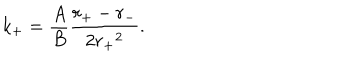
LaTeX: k _ { + } = \frac { A } { B } \frac { r _ { + } - r _ { - } } { 2 { r _ { + } } ^ { 2 } } .